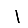
Digit: 1